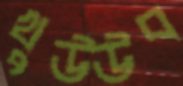
খুউউব